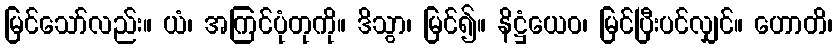
မြင်သော်လည်း။ ယံ၊ အကြင်ပုံတုကို။ ဒိသွာ၊ မြင်၍။ နိဋ္ဌံယေဝ၊ မြင်ပြီးပင်လျှင်။ ဟောတိ၊